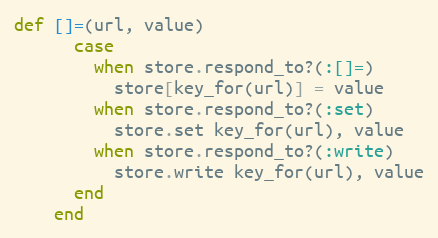
Language: Ruby
def []=(url, value)
      case
        when store.respond_to?(:[]=)
          store[key_for(url)] = value
        when store.respond_to?(:set)
          store.set key_for(url), value
        when store.respond_to?(:write)
          store.write key_for(url), value
      end
    end